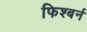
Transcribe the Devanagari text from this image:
फिश्बर्न